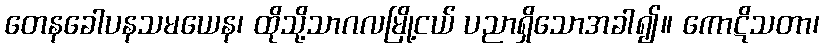
တေနခေါပနသမယေန၊ ထိုသို့သာဂလမြို့ငယ် ပညာရှိသောအခါ၍။ ကောဋိသတာ၊